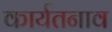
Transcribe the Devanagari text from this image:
कार्यतनाव